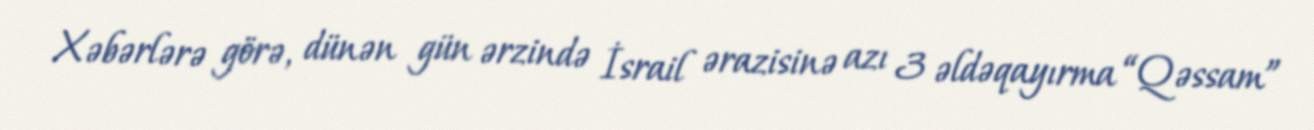
Xəbərlərə görə, dünən gün ərzində İsrail ərazisinə azı 3 əldəqayırma “Qəssam”